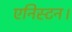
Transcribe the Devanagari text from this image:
एनिस्टन।